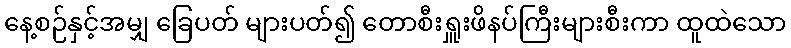
နေ့စဉ်နှင့်အမျှ ခြေပတ် များပတ်၍ တောစီးရှူးဖိနပ်ကြီးများစီးကာ ထူထဲသော